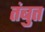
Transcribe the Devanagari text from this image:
तंबुत